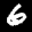
Label: 6